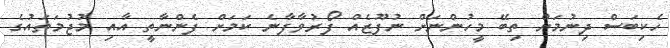
ހެކިބަސް ދިނުމަށް ތިބޭ މީހުންނަށް ނުފޫޒެއް ފޯރުވާފާނެ ކަމަށް ފެންނާތީ އާއި މުޖުމަތައުގެ